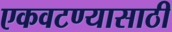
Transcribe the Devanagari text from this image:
एकवटण्यासाठी